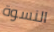
النسوة